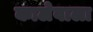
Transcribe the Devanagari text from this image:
कालेवाला